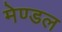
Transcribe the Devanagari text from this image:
मेण्डल